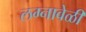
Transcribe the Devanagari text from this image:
लग्नावेळी